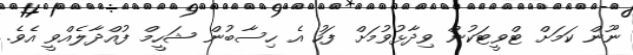
ނޫން ކަމަށް ޓްވީޓަކުން ވިދާޅުވުމަށް ފަހު އެ ހިސާބުން ޝަހީމް ފުއްދާލެއްވީ އެވެ.